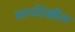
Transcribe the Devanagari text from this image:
कार्यदेखील